Problem: 41 + 25 = ?
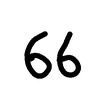
Handwritten answer: 66